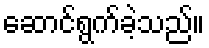
ဆောင်ရွက်ခဲ့သည်။